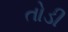
તોડી